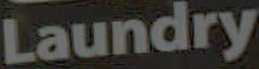
Laundry